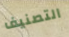
التصنيف